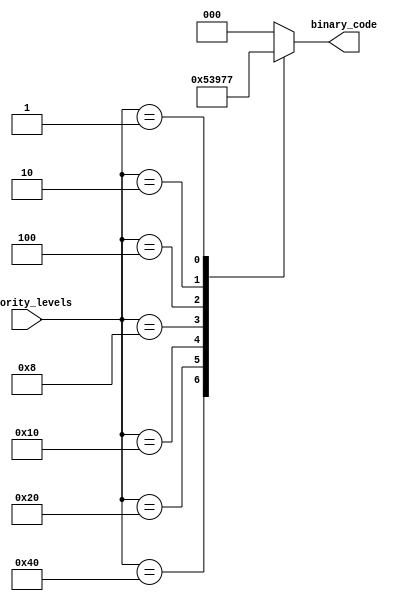
module priority_encoder_decoder(
    input [7:0] priority_levels, // Input lines representing priority levels
    output reg [2:0] binary_code // Output binary code based on highest priority input
);

always @(*) begin
    case(priority_levels)
        8'b10000000: binary_code = 3'b000; // Highest priority level
        8'b01000000: binary_code = 3'b001;
        8'b00100000: binary_code = 3'b010;
        8'b00010000: binary_code = 3'b011;
        8'b00001000: binary_code = 3'b100;
        8'b00000100: binary_code = 3'b101;
        8'b00000010: binary_code = 3'b110;
        8'b00000001: binary_code = 3'b111; // Lowest priority level
        default: binary_code = 3'b000; // Default to highest priority if none match
    endcase
end

endmodule